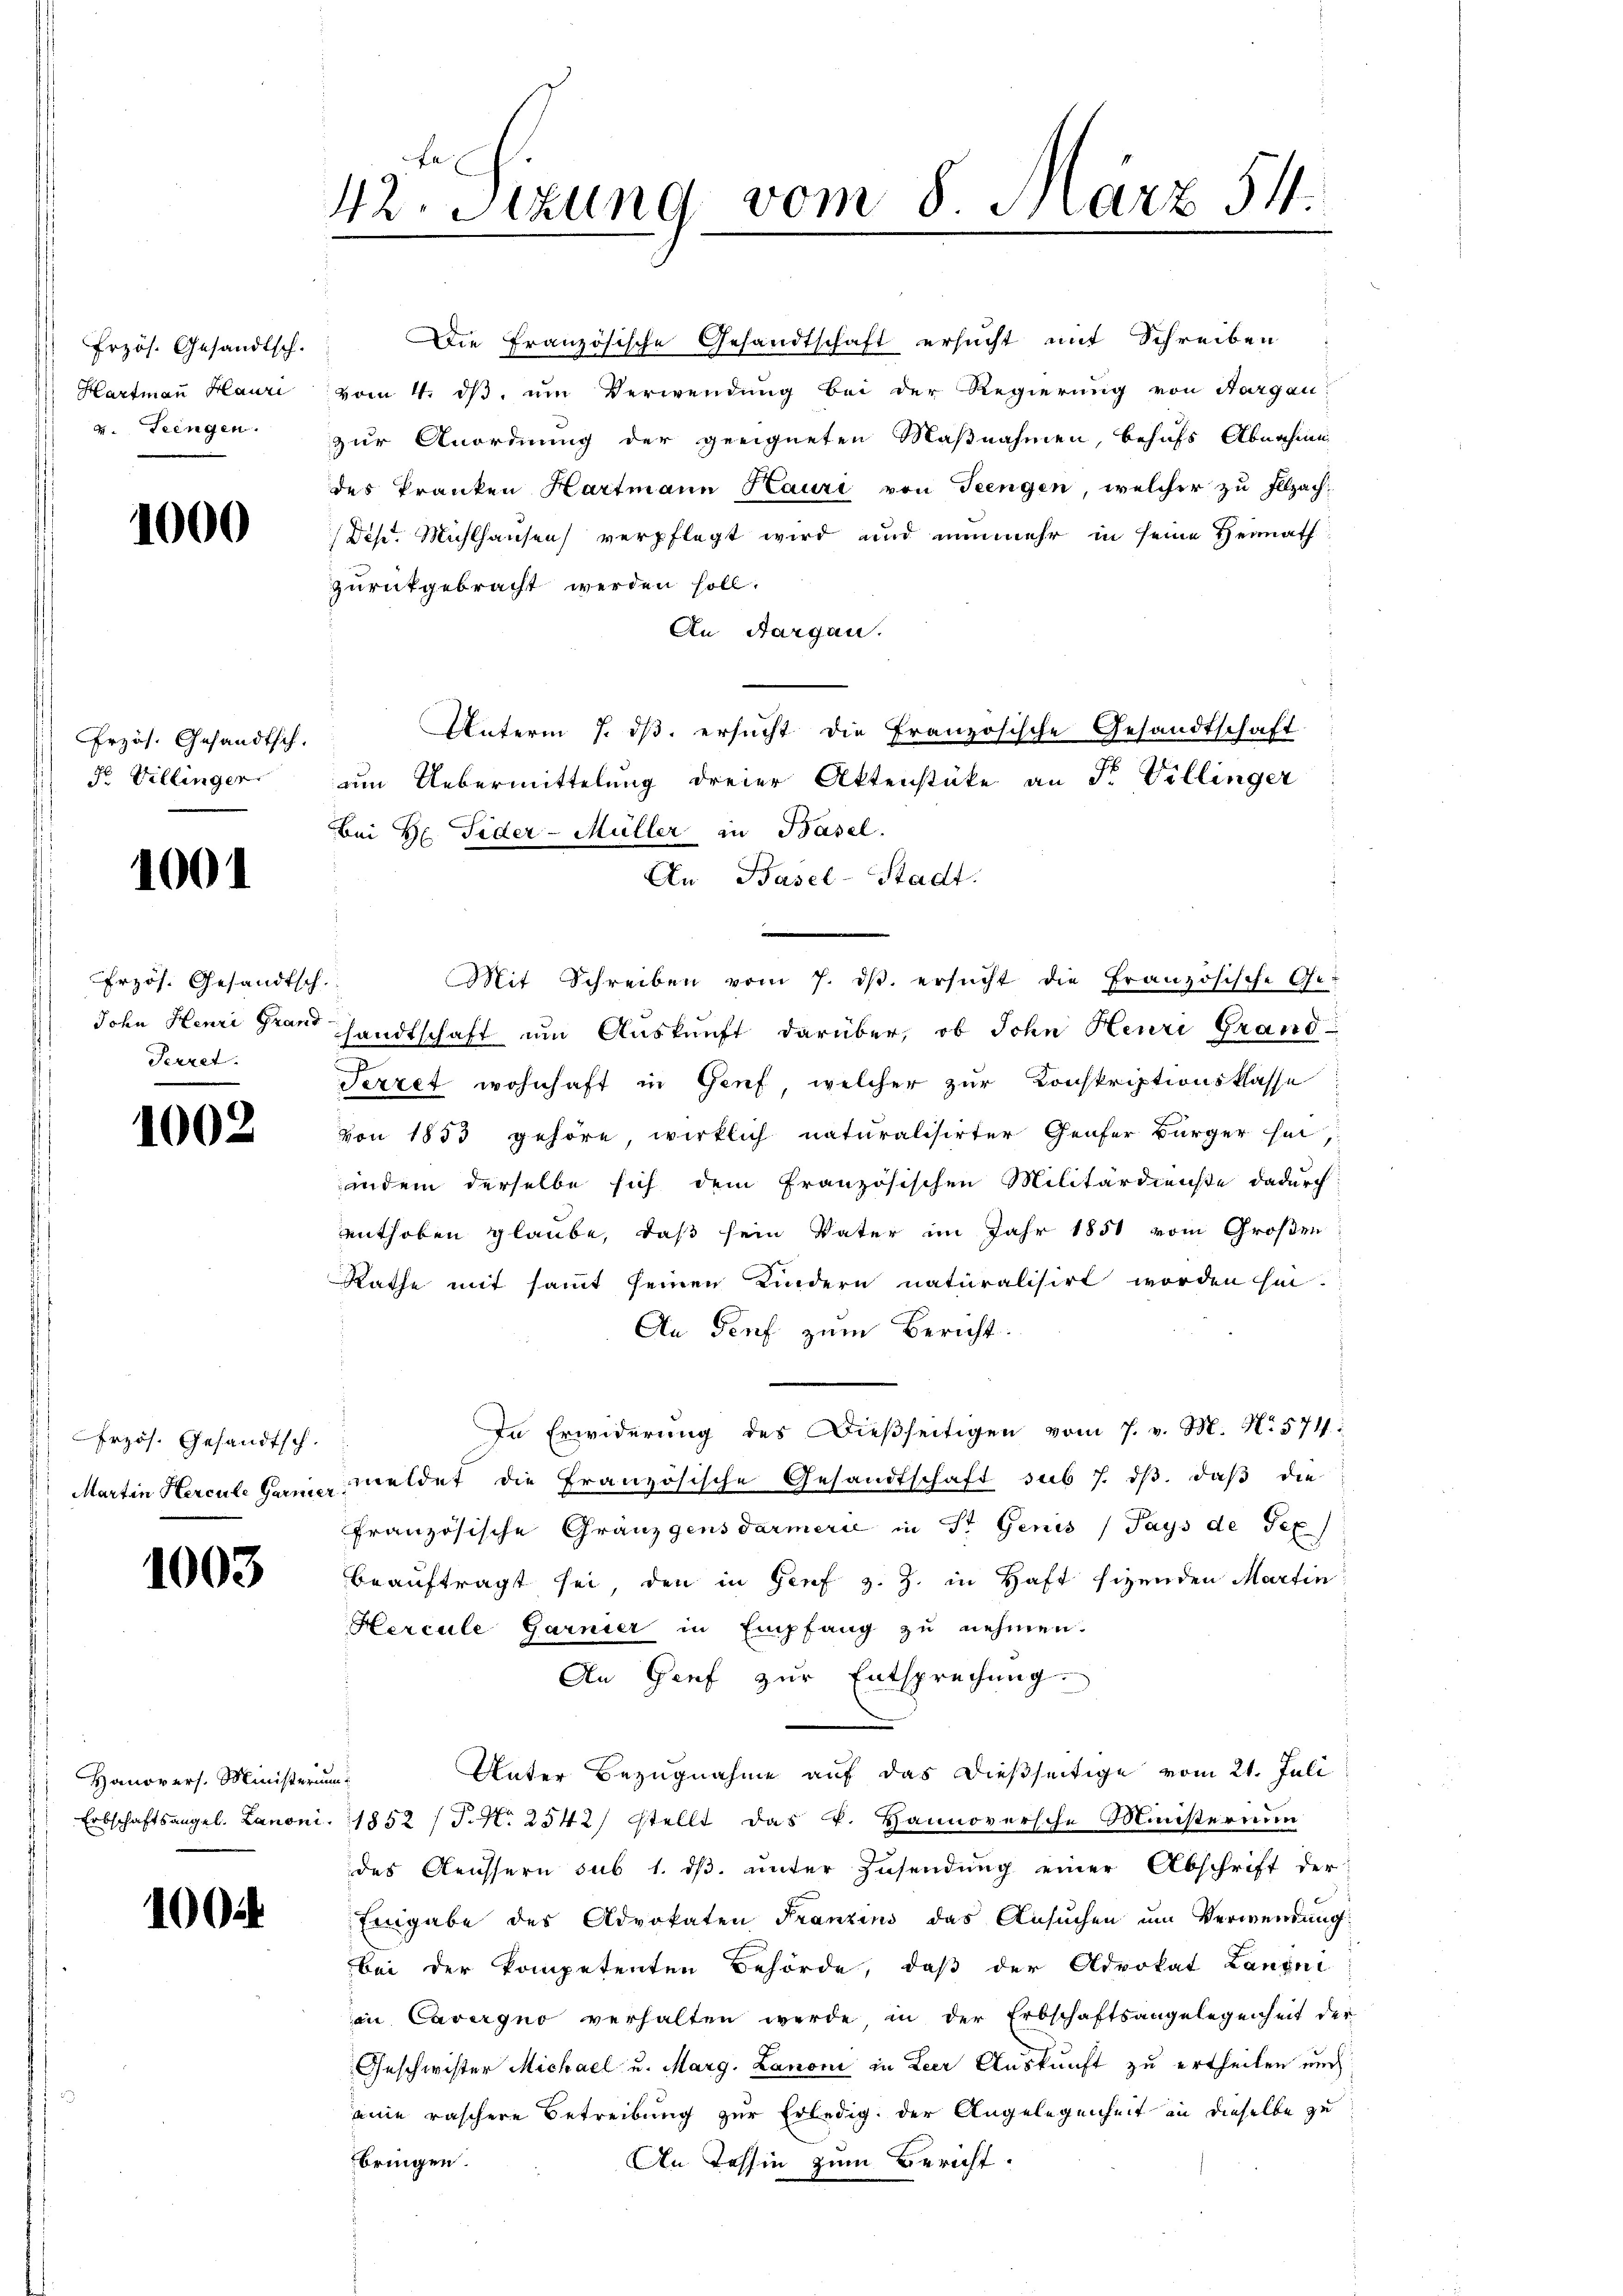
Przös. Gesandtsch.
Hartmann Hauri
4. Leingen.

1000

Erzös. Gesandtsch.
) Fr. Villingen.

1001

rzös. Gesandtsch.
John Henri Grand
Perret.

1002

rzös. Gesandtsch.
Martin Hercule Garmer

1003

Hanovers. Ministerum.
Erbschaftsangel. Lanoni

1004

42. Sizung vom 8. März 54.

Die Französische Gesandtschaft ersucht mit Schreiben
vom 4. ds, um Verwendung bei der Regierung von Nergan
zur Anordnung der geeigneten Maßnahmen, behufs Abnahmen
des Pranken Hartmann Kauri von Teengen, welcher zu Illzach
Dis. Michlhausen verpflegt wird und nunmehr in seine Heimath
zurückgebracht werden soll.
An Aargau.
Unterm 7. ds. ersucht die Französische Gesandtschaft
um Uebermittelung dreier Aktenstüke an Fr. Villinger
An Basel-Stadt.
Mit Schreiben vom 7. ds. ersucht die Französische Ge-
sandtschaft um Auskunft darüber, ob Sohn Heuri Grand-
Terzet wohnhaft in Genf, welcher zur Konskriptionsklasse
von 1853 gehöre, wirklich naturalisirter Genfer Bürger hin,
indem derselbe sich dem französischen Militärdienste dadurch
enthoben glaube, daß sein Vater im Jahr 1851 vom Großen
Rathe mit sammt seinen Kindern naturalisirt worden hin.
An Genf zum Bericht
In Erwiderung des Dießseitigen vom 7. v. M. No 574.
meldet die Französische Gesandtschaft sub 7. dβ. daβ die
französische Granzgensdarmerie in St. Genis (Pays de Tex
beauftragt sei den in Genf z. Z. in Haft sizenden Martin
Hercule Garnier in Empfang zu nehmen.
An Genf zur Entsprechung.
Unter Bezugnahme auf das dießseitige vom 21. Juli
1852 (T. No. 2542) stellt das k. Hannoversche Ministernimm
des Aeussern sub 1. dβ. unter Zusendung einer Abschrift der
Eingabe des Advokaten Franzins das Ansuchen um Verwendung
bei der kompetenten Behörde, daß der Advokat Langni
in Cavergno verhalten werde in der Erbschaftsangelegenheit der
Geschwister Michael u. Marg. Lanoni in Leer Auskunft zu ertheilen auch
eine raschere Betreibung zur Erledig, der Angelegenheit in dieselbe zu
bringen
An Tessin zum Bericht.

Bei Hr. Fider-Müller in Basel.